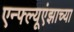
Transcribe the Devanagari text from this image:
एन्फ्ल्यूएंझाच्या